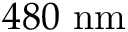
4 8 0 \ \mathrm { n m }